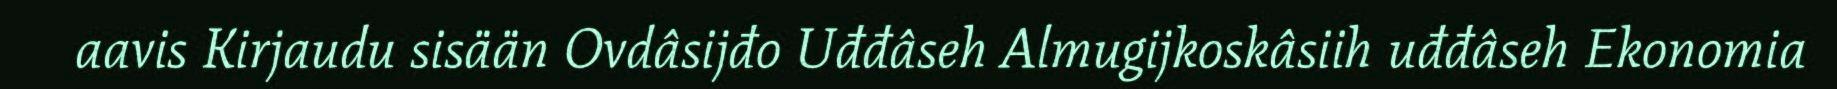
aavis Kirjaudu sisään Ovdâsijđo Uđđâseh Almugijkoskâsiih uđđâseh Ekonomia